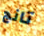
تانج